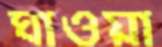
ঘাওয়া